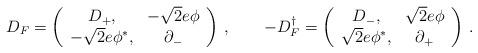
LaTeX: \begin{align*}D_F = \left( \begin{array}{cc} D_+,& -\sqrt{2} e\phi \\ -\sqrt{2}e\phi^*,&\partial_-\end{array}\right)\,,\qquad-D_F^\dag = \left( \begin{array}{cc} D_-,& \sqrt{2} e\phi \\ \sqrt{2}e\phi^*,&\partial_+\end{array}\right)\,.\end{align*}